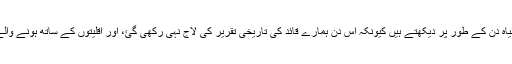
ہم پاکستانی ڈچ کرسچن کمیونٹی نہایت افسوس کے ساتھ اس دن کو سیاہ دن کے طور پر دیکھتے ہیں کیونکہ اس دن ہمارے قائد کی تاریخی تقریر کی لاج نہی رکھی گئ، اور اقلیتوں کے ساتھ ہونے والے غیر مساوی سلوک پر ہم اس دن کو یوم سیاہ کے طور پر مناینگے۔